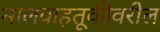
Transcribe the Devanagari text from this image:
मालवाहतूकीवरील